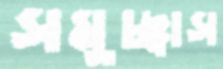
সমুচ্ছ্বাস